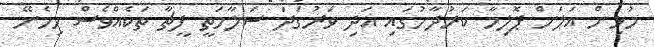
މުޅިން އަލަށް ޕޮލިމާ ކަރުދާހުގައި އަދި ވަރުގަދަ ސަލާމަތީ ފީޗާ ތަކެއްވެސް ހިމެނޭ